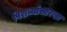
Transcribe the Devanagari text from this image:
पिशव्यांसारखा